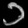
Digit: ၁